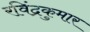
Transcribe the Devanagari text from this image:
रविंद्रकुमार